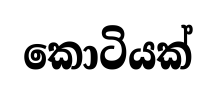
කොටියක්